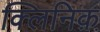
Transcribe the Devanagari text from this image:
क्लिनिक़